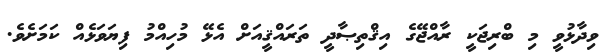
ވިދާޅުވީ މި ބްރިޖަކީ ރާއްޖޭގެ އިޤްތިޞާދީ ތަރައްޤީއަށް އެޅޭ މުހިއްމު ފިޔަވަޅެއް ކަމަށެވެ.